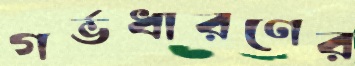
গর্ভধারণের